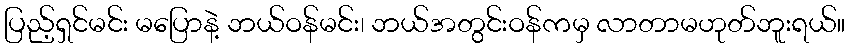
ပြည့်ရှင်မင်း မပြောနဲ့ ဘယ်ဝန်မင်း၊ ဘယ်အတွင်းဝန်ကမှ လာတာမဟုတ်ဘူးရယ်။